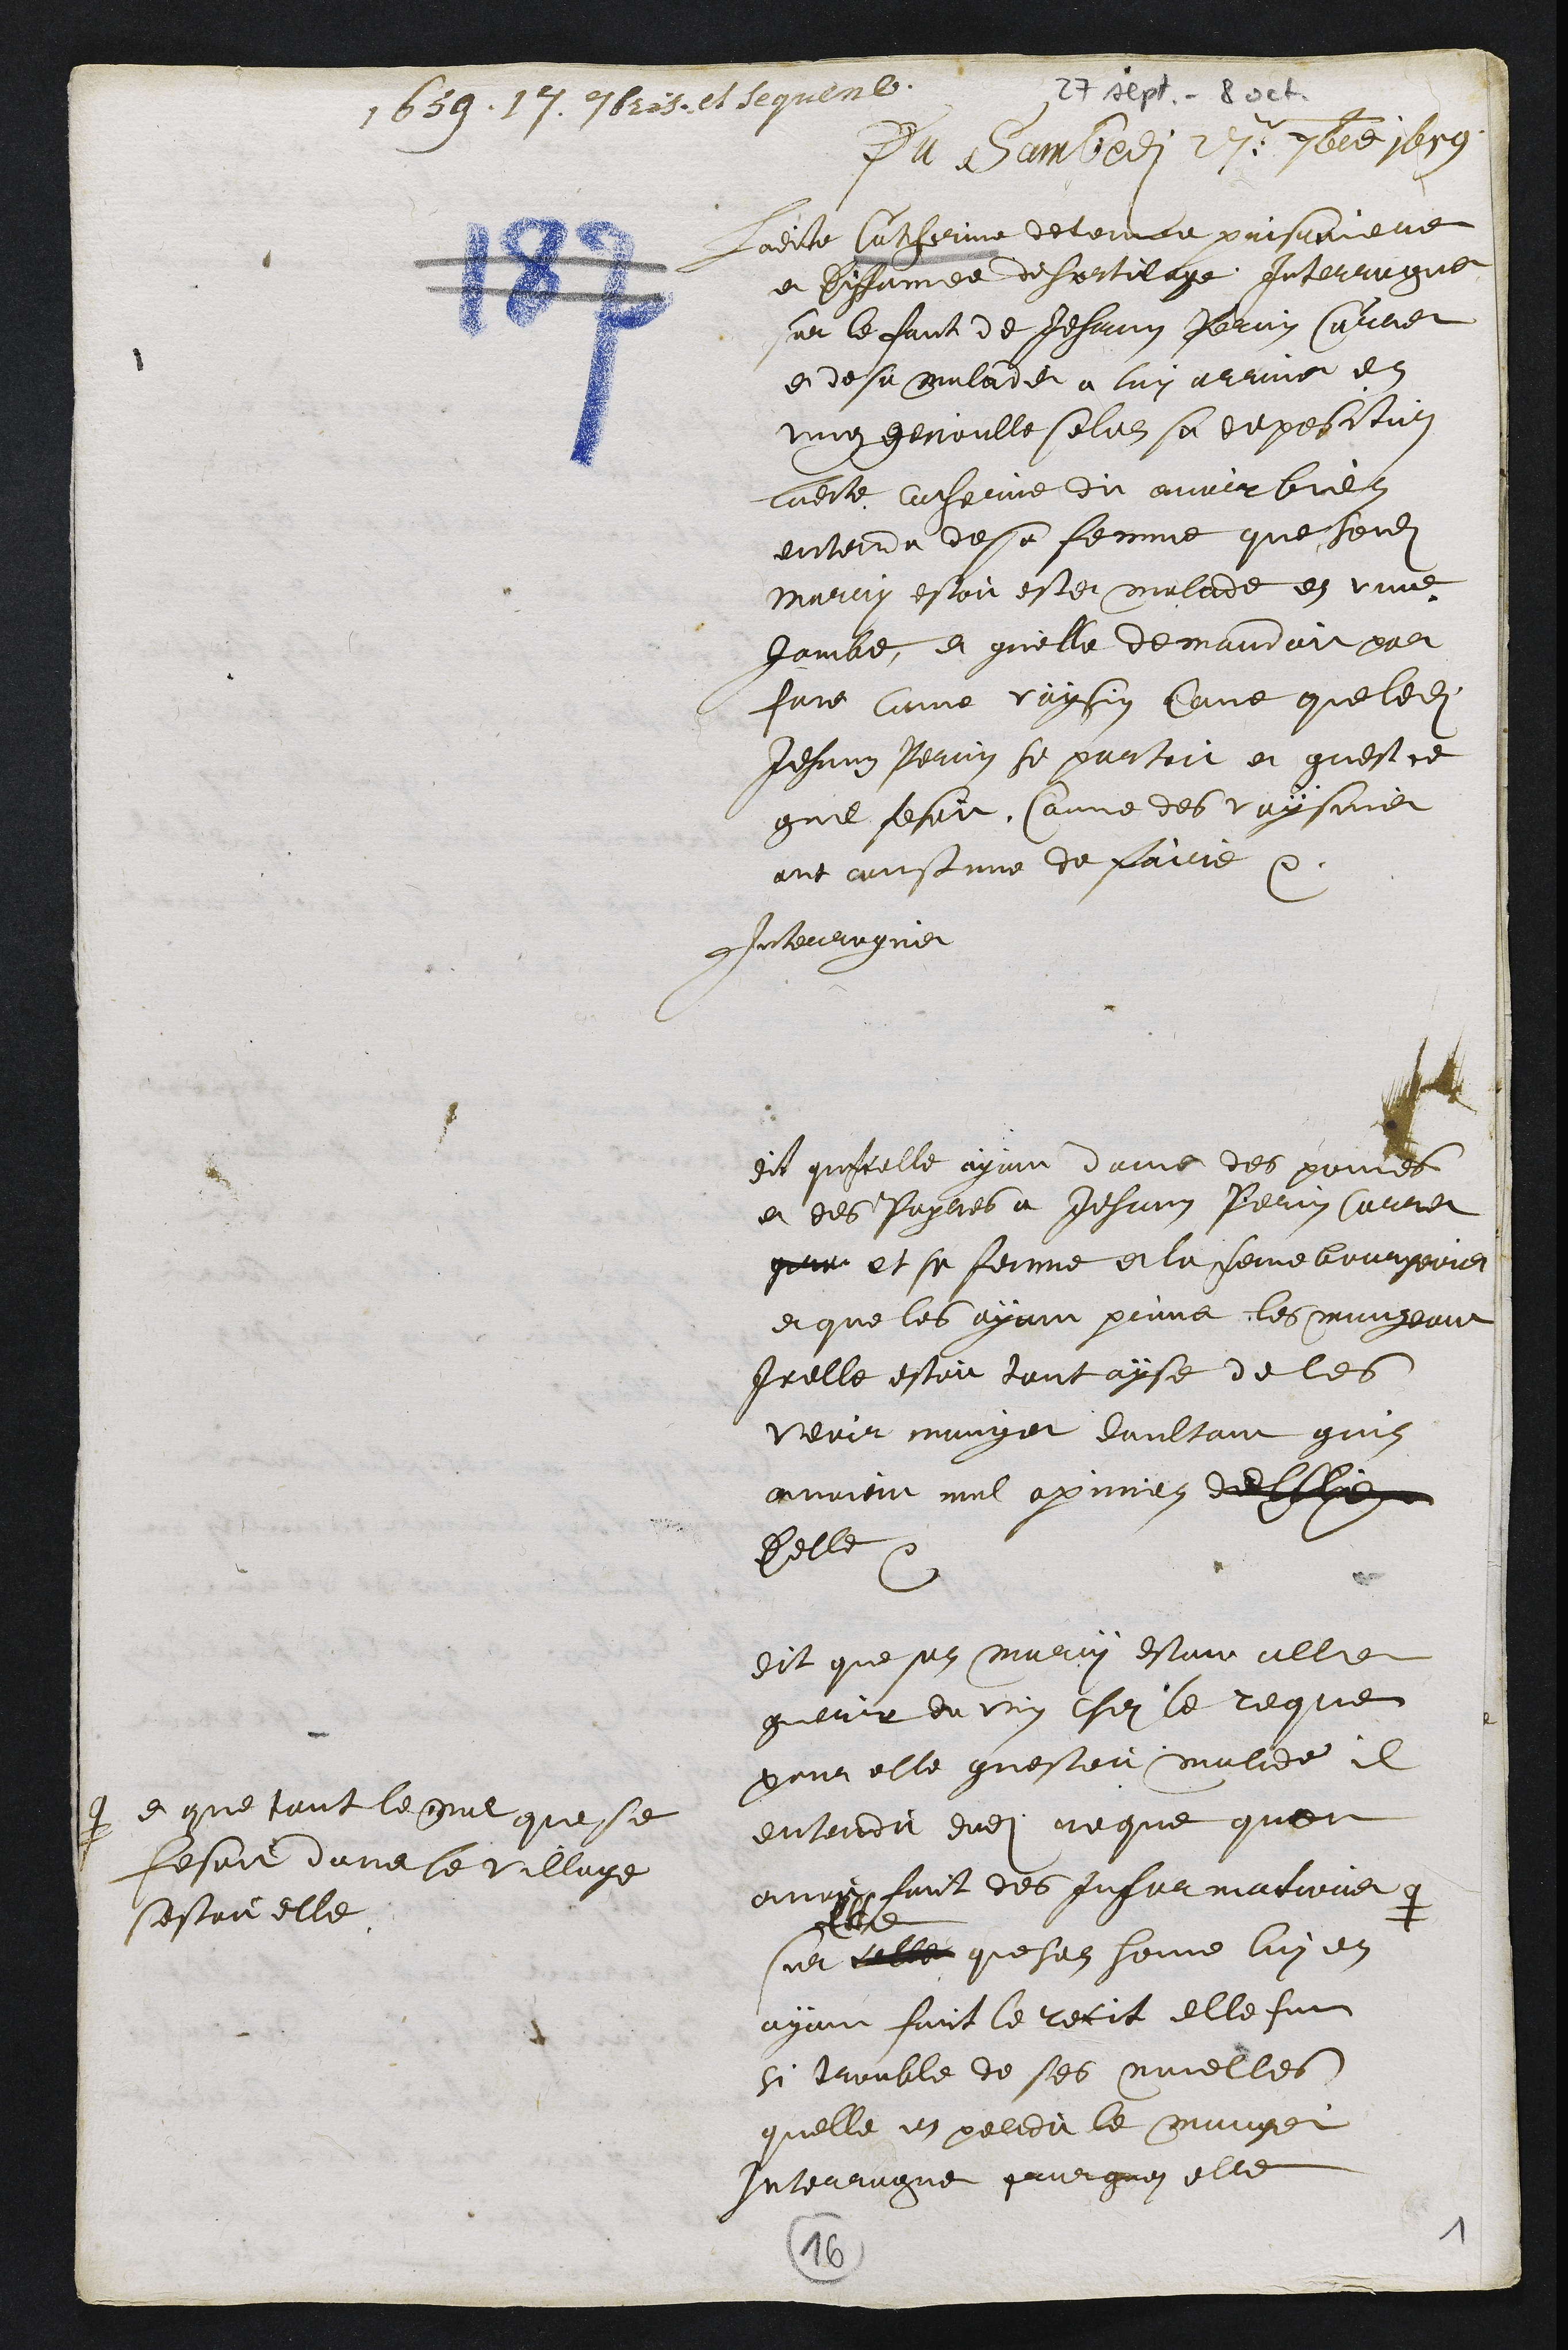
27 sept. - 8 oct.
1659. 17. 7bris, et sequent.
Du sambedi 27e 7bre 1659
Ladite Catherinne detenue prisoniere
et diffamée de sortilege Interrogue
sur le faict de Jehan Perin Carret
et de sa maladie a luy arrive en
ung genoulle selon sa deposition
ladite Catherine dit avoir bien
entendu de sa femme que sondit
marry estoit este malade en une
jambe, et quelle demandoit par
fois come voysin come que ledit
Jehan Perrin se portoit et quest ce
quil fesoit, Comme des voysine
ont coustume de faire.
Interrogue
dit quicelle ayant donne des pomes
et des poyres a Jehan Perin Carret
et sa femme et la femme bourgeois
et que les ayant prins les mangeant
Icelle estoit tout ayse de les
veoir manger daultant quils
avoient mal opinion dellle
Delle.
dit que son mary estant alle
querir du vin chez le reque
pour elle questoit malade il
entendit dudit reque quon
avoit faict des Informations #
# et que tout le mal que se
fesoit dans le village
sestoit elle
sur celle que son homme luy en
ayant faict le recit elle fut
si trouble de ses novelles
quelle en perdit le manger
Interrogue pourquoy elle
16
1